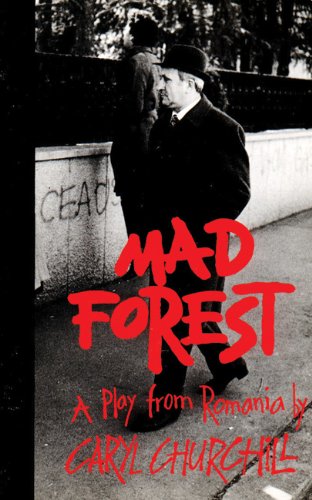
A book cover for Mad Forest: A Play from Romania; Caryl Churchill; Literature & Fiction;